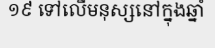
១៩ ទៅលើមនុស្សនៅក្នុងឆ្នាំ